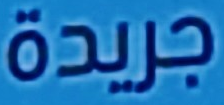
جريدة